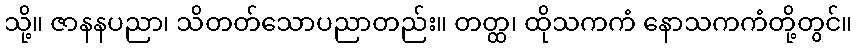
သို့။ ဇာနနပညာ၊ သိတတ်သောပညာတည်း။ တတ္ထ၊ ထိုသကကံ နောသကကံတို့တွင်။